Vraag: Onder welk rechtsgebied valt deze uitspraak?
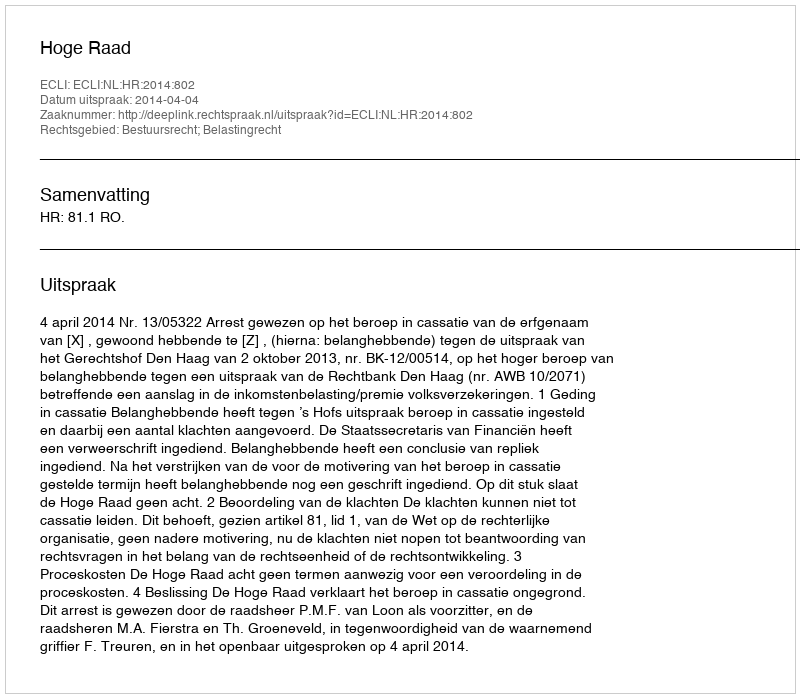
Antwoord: Bestuursrecht; Belastingrecht